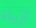
أزياء